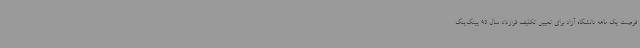
فرصت یک ماهه دانشگاه آزاد برای تعیین تکلیف قرارداد سال 95 پینگ‌پنگ